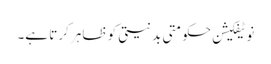
نوٹیفکیشن حکومتی بدنیتی کو ظاہر کرتا ہے۔